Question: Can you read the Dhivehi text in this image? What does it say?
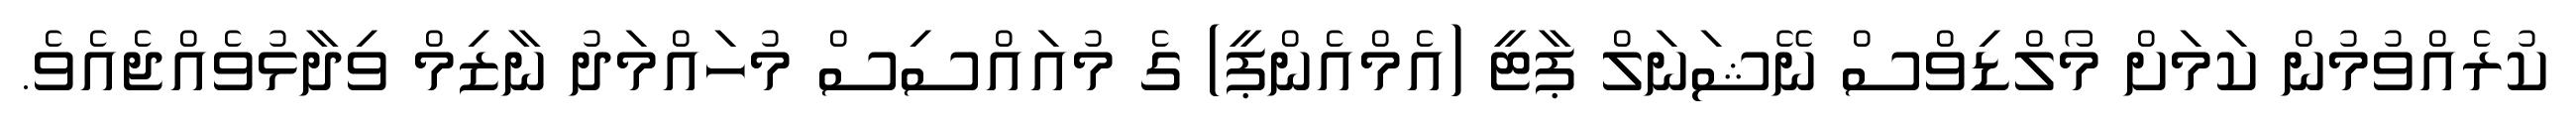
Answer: ކުރެއްވުމުން ކަމަށް މޯލްޑިވްސް ނޭޝަނަލް ޕާޓީ (އެމްއެންޕީ) ގެ މުއައްސިސް މުހައްމަދު ނާޒިމް ވިދާޅުވެއްޖެއެވެ.